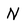
Character: N